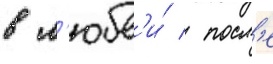
в л'юбв'и́ / посл'е